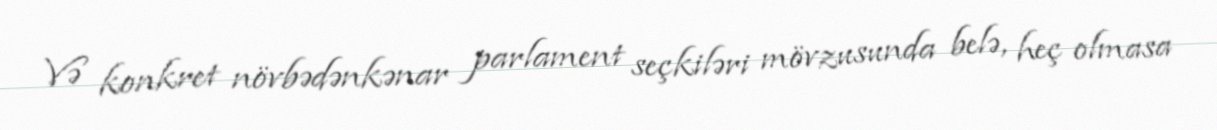
Və konkret növbədənkənar parlament seçkiləri mövzusunda belə, heç olmasa